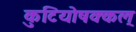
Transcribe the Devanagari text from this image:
कुटियोषक्कल्